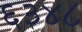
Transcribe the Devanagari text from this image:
६३४८